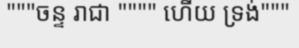
"""ចន្ទ រាជា """" ហើយ ទ្រង់"""